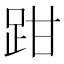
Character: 𫏄